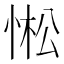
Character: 𢛒